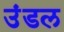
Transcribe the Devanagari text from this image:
उंडल